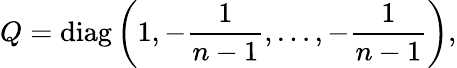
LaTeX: Q=\mathrm{diag}\left(1,-{\frac{1}{n-1}},\ldots,-{\frac{1}{n-1}}\right),